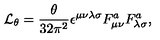
{ \cal L } _ { \theta } = \frac { \theta } { 3 2 { \pi } ^ { 2 } } \epsilon ^ { \mu \nu \lambda \sigma } F _ { \mu \nu } ^ { a } F _ { \lambda \sigma } ^ { a } ,